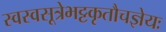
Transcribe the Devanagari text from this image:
स्वस्वसूत्रेभट्टकृतौचज्ञेयः